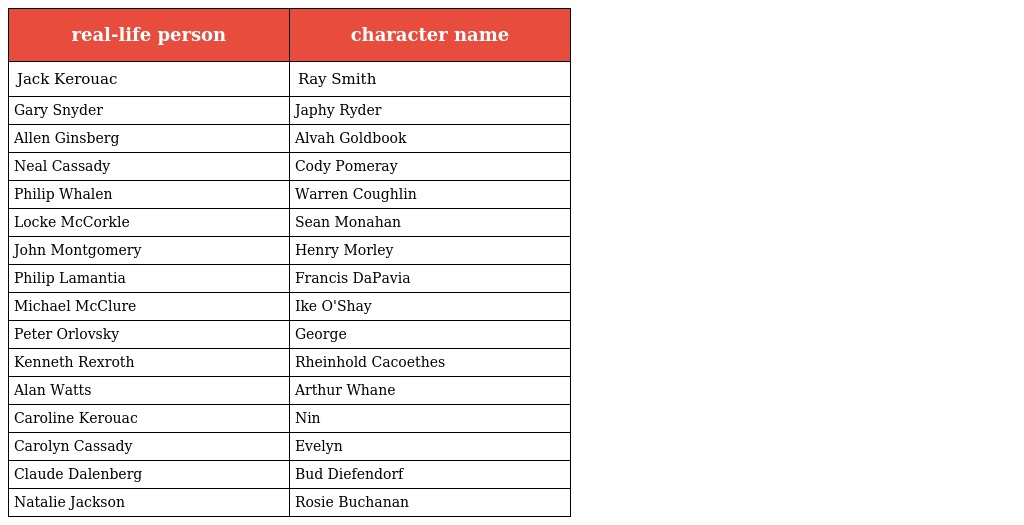
| real-life person | character name |
 | --- | --- |
 | Jack Kerouac | Ray Smith |
 | Gary Snyder | Japhy Ryder |
 | Allen Ginsberg | Alvah Goldbook |
 | Neal Cassady | Cody Pomeray |
 | Philip Whalen | Warren Coughlin |
 | Locke McCorkle | Sean Monahan |
 | John Montgomery | Henry Morley |
 | Philip Lamantia | Francis DaPavia |
 | Michael McClure | Ike O'Shay |
 | Peter Orlovsky | George |
 | Kenneth Rexroth | Rheinhold Cacoethes |
 | Alan Watts | Arthur Whane |
 | Caroline Kerouac | Nin |
 | Carolyn Cassady | Evelyn |
 | Claude Dalenberg | Bud Diefendorf |
 | Natalie Jackson | Rosie Buchanan |